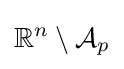
\mathbb {R} ^{n}\setminus {\mathcal {A}}_{p}